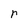
Character: r